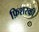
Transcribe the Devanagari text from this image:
फ़िशरकी